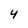
Character: 4